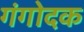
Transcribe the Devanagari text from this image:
गंगोदक